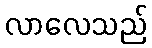
လာလေသည်